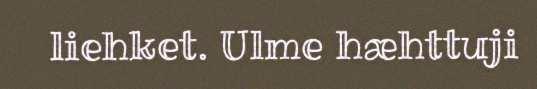
liehket. Ulme hæhttuji